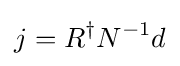
j=R^{\dagger }N^{-1}d